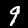
Digit: 9